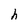
Character: h